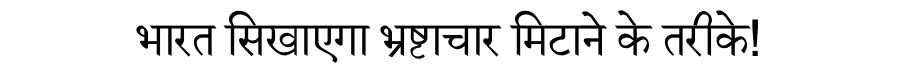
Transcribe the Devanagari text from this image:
भारत सिखाएगा भ्रष्टाचार मिटाने के तरीके!